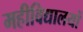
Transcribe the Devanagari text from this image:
महीविद्यालयों